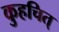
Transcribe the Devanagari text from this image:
कुहचित्